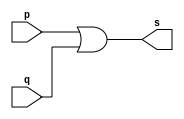
// ------------------------- 
// Exemplo0004 - OR 
// Nome: Rafael Tadeu Campos de Medeiros 
// ------------------------- 
// ------------------------- 
// -- or gate 
// ------------------------- 
module orgate ( output s, 
input p, q); 
assign s = p | q; 
endmodule // orgate 
// --------------------- 
// -- test or gate 
// --------------------- 
module testorgate; 
// ------------------------- dados locais 
reg a, b; // definir registradores 
wire s; // definir conexao (fio) 
// ------------------------- instancia 
orgate OR1 (s, a, b); 
// ------------------------- preparacao 
initial begin:start 
// atribuicao simultanea 
// dos valores iniciais 
a=0; b=0; 
end 
// ------------------------- parte principal 
initial begin 
$display("Exemplo0004 - Rafael Tadeu - 451609"); 
$display("Test OR gate"); 
$display("\na & b = s\n"); 
a=0; b=0; 
#1 $display("%b & %b = %b", a, b, s); 
a=0; b=1; 
#1 $display("%b & %b = %b", a, b, s); 
a=1; b=0; 
#1 $display("%b & %b = %b", a, b, s); 
a=1; b=1; 
#1 $display("%b & %b = %b", a, b, s); 
end 
endmodule // testorgate 

//Exemplo0004 - Rafael Tadeu - 451609
    //Test OR gate
    //
    //a & b = s
    //
    //0 & 0 = 0
    //0 & 1 = 1
    //1 & 0 = 1
    //1 & 1 = 1